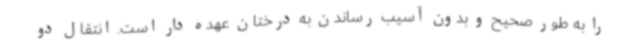
را به طور صحیح و بدون آسیب رساندن به درختان عهده دار است. انتقال دو